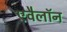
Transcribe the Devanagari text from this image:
एवैलॉन